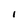
Character: I